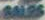
BALES